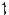
1